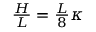
\begin{array} { r } { \frac { H } { L } = \frac { L } { 8 } \kappa } \end{array}